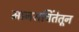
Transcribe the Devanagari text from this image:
मानसचिंतेतून